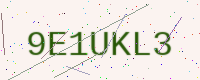
Text: 9E1UKL3